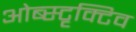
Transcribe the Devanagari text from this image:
ओब्स्टृक्टिव